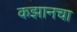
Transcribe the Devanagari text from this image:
कझानचा